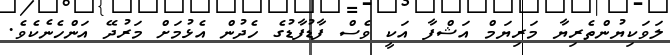
ލަވަކިޔުންތެރިޔާ މަރިޔަމް އަޝްފާ އަކީ ވެސް ފާޑުފާޑުގެ ހެދުން އެޅުމަށް މަރުދޭ އަންހެނެކެވެ.